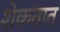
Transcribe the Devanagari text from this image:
शेकतात